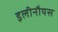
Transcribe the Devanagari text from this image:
इलीनौयस